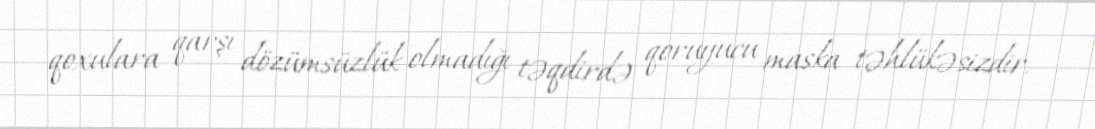
qoxulara qarşı dözümsüzlük olmadığı təqdirdə qoruyucu maska təhlükəsizdir.